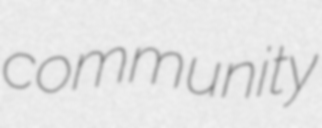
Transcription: community